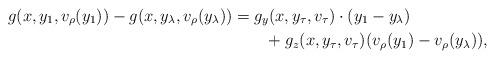
LaTeX: \begin{align*} g(x,y_1,v_\rho(y_1))-g(x,y_\lambda,v_\rho(y_\lambda))&= g_y(x,y_\tau,v_\tau)\cdot(y_1-y_\lambda) \\ &\quad\quad+ g_z(x,y_\tau,v_\tau)(v_\rho(y_1)-v_\rho(y_\lambda)), \end{align*}